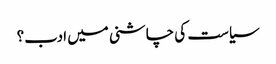
سیاست کی چاشنی میں ادب؟